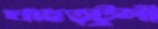
মাহুত্টুলী